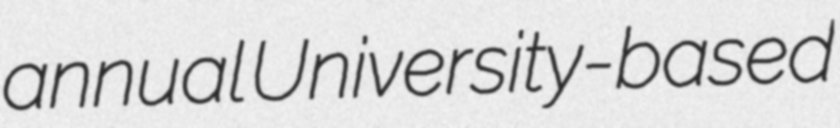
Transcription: annual University-based